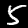
Label: 5